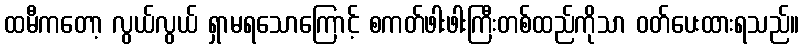
ထမီကတော့ လွယ်လွယ် ရှာမရသောကြောင့် စကတ်ဖါးဖါးကြီးတစ်ထည်ကိုသာ ဝတ်ပေးထားရသည်။